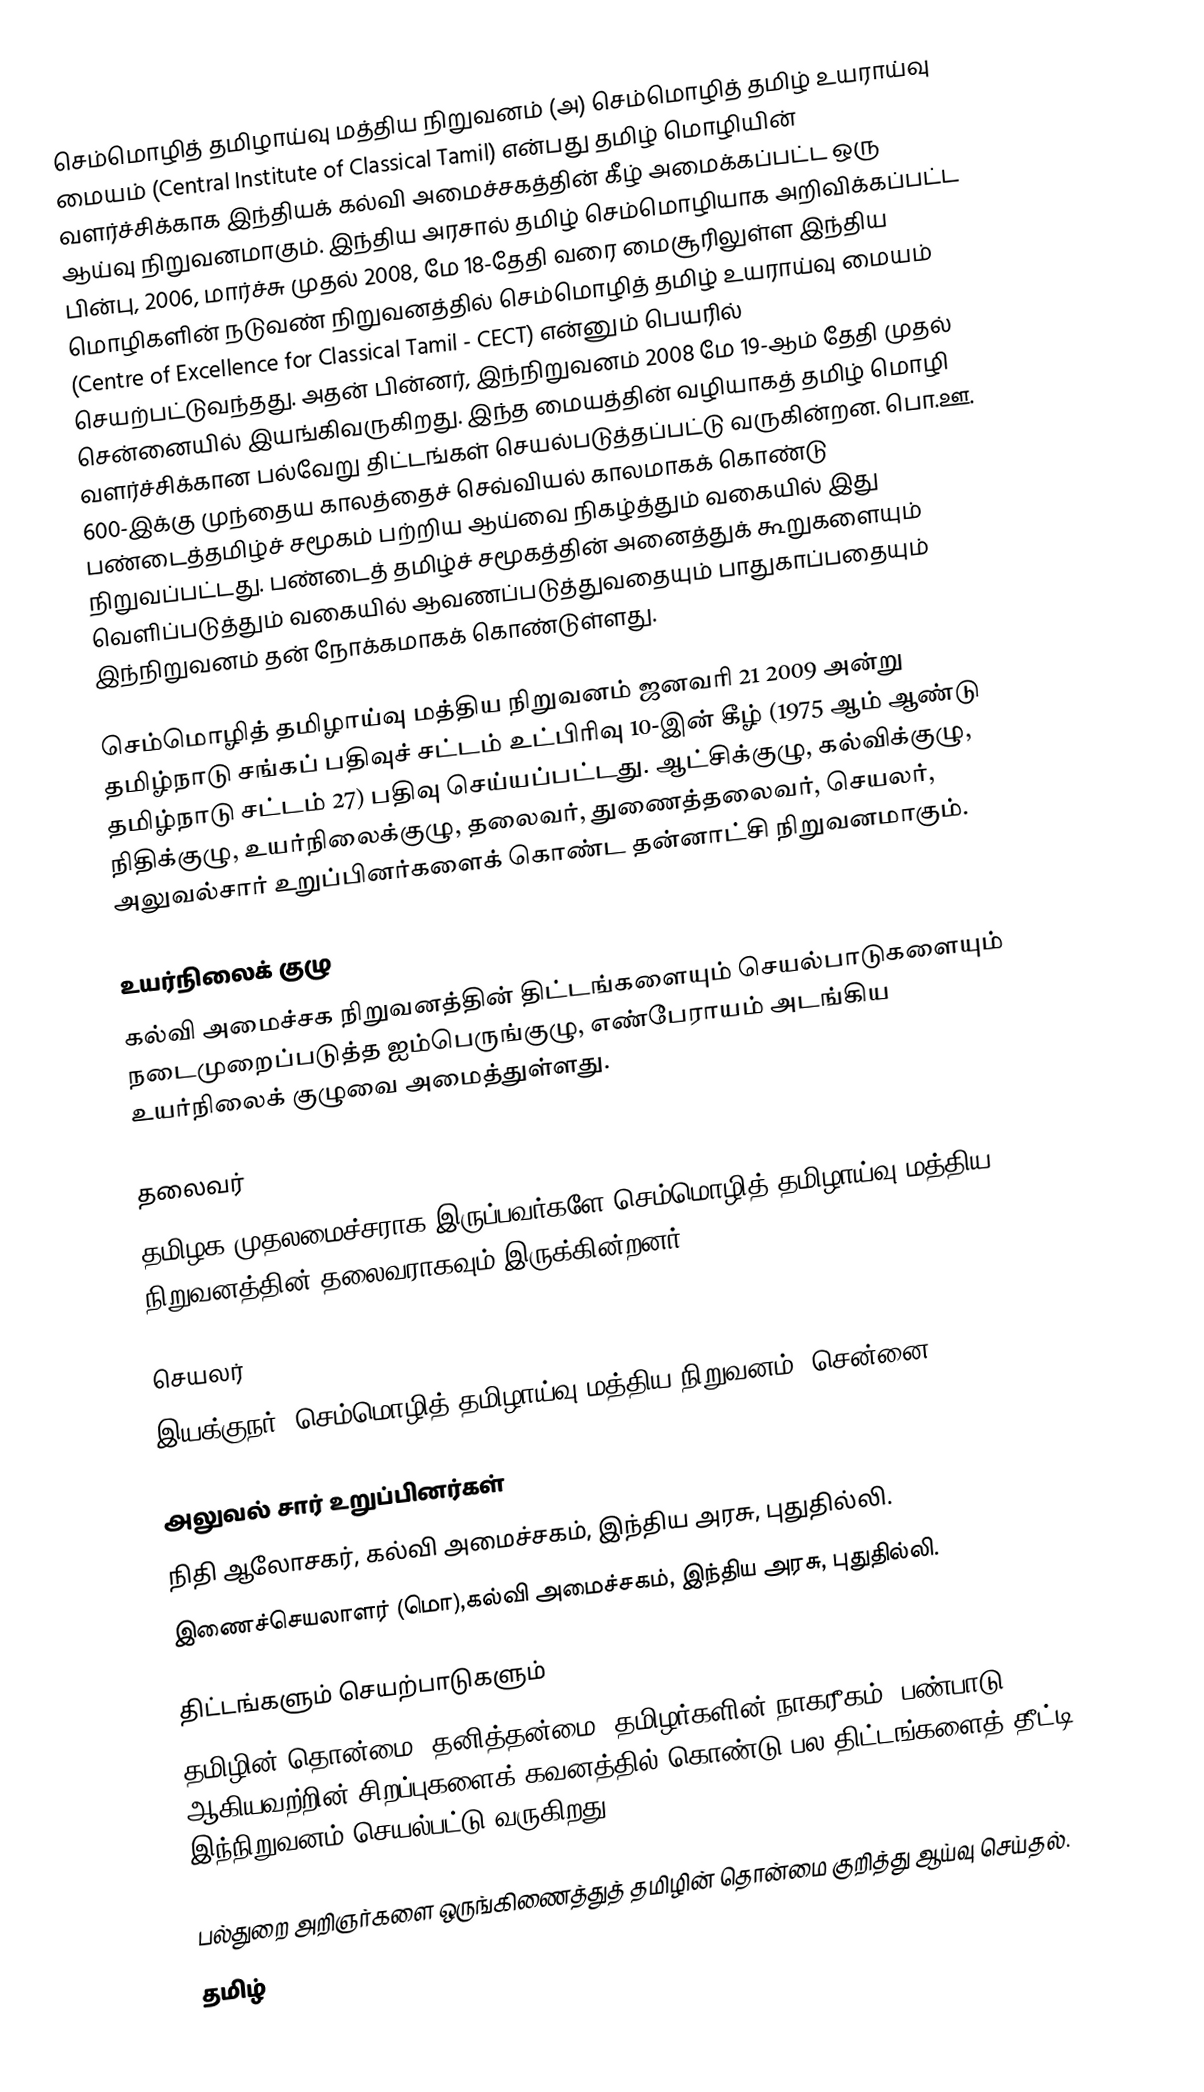
செம்மொழித் தமிழாய்வு மத்திய நிறுவனம் (அ) செம்மொழித் தமிழ் உயராய்வு மையம் (Central Institute of Classical Tamil) என்பது தமிழ் மொழியின் வளர்ச்சிக்காக இந்தியக் கல்வி அமைச்சகத்தின் கீழ் அமைக்கப்பட்ட  ஒரு  ஆய்வு நிறுவனமாகும். இந்திய அரசால் தமிழ் செம்மொழியாக அறிவிக்கப்பட்ட பின்பு, 2006, மார்ச்சு முதல் 2008, மே 18-தேதி வரை மைசூரிலுள்ள இந்திய மொழிகளின் நடுவண் நிறுவனத்தில் செம்மொழித் தமிழ் உயராய்வு மையம்  (Centre of Excellence for Classical Tamil - CECT) என்னும் பெயரில் செயற்பட்டுவந்தது. அதன் பின்னர், இந்நிறுவனம் 2008 மே 19-ஆம் தேதி முதல் சென்னையில் இயங்கிவருகிறது. இந்த மையத்தின் வழியாகத் தமிழ் மொழி வளர்ச்சிக்கான பல்வேறு திட்டங்கள் செயல்படுத்தப்பட்டு வருகின்றன. பொ.ஊ. 600-இக்கு முந்தைய காலத்தைச் செவ்வியல் காலமாகக் கொண்டு பண்டைத்தமிழ்ச் சமூகம் பற்றிய ஆய்வை நிகழ்த்தும் வகையில் இது நிறுவப்பட்டது. பண்டைத் தமிழ்ச் சமூகத்தின் அனைத்துக் கூறுகளையும் வெளிப்படுத்தும் வகையில் ஆவணப்படுத்துவதையும் பாதுகாப்பதையும் இந்நிறுவனம் தன் நோக்கமாகக் கொண்டுள்ளது.

செம்மொழித் தமிழாய்வு மத்திய நிறுவனம் ஜனவரி 21 2009 அன்று தமிழ்நாடு சங்கப் பதிவுச் சட்டம் உட்பிரிவு 10-இன் கீழ் (1975 ஆம் ஆண்டு தமிழ்நாடு சட்டம் 27) பதிவு செய்யப்பட்டது. ஆட்சிக்குழு, கல்விக்குழு, நிதிக்குழு, உயர்நிலைக்குழு, தலைவர், துணைத்தலைவர், செயலர், அலுவல்சார் உறுப்பினர்களைக் கொண்ட தன்னாட்சி நிறுவனமாகும்.

உயர்நிலைக் குழு
கல்வி அமைச்சக நிறுவனத்தின் திட்டங்களையும் செயல்பாடுகளையும் நடைமுறைப்படுத்த ஐம்பெருங்குழு, எண்பேராயம் அடங்கிய உயர்நிலைக் குழுவை அமைத்துள்ளது.

தலைவர்
தமிழக முதலமைச்சராக இருப்பவர்களே செம்மொழித் தமிழாய்வு மத்திய நிறுவனத்தின் தலைவராகவும் இருக்கின்றனர்.

செயலர்
 இயக்குநர், செம்மொழித் தமிழாய்வு மத்திய நிறுவனம், சென்னை.

அலுவல் சார் உறுப்பினர்கள்
 நிதி ஆலோசகர், கல்வி அமைச்சகம், இந்திய அரசு, புதுதில்லி.
 இணைச்செயலாளர் (மொ),கல்வி அமைச்சகம், இந்திய அரசு, புதுதில்லி.

திட்டங்களும் செயற்பாடுகளும்
தமிழின் தொன்மை, தனித்தன்மை, தமிழர்களின் நாகரீகம், பண்பாடு ஆகியவற்றின் சிறப்புகளைக் கவனத்தில் கொண்டு பல திட்டங்களைத் தீட்டி இந்நிறுவனம் செயல்பட்டு வருகிறது.

 பல்துறை அறிஞர்களை ஒருங்கிணைத்துத் தமிழின் தொன்மை குறித்து ஆய்வு செய்தல்.
 தமிழ்